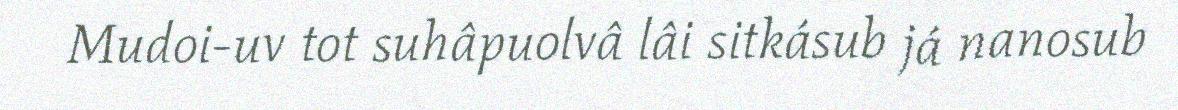
Mudoi-uv tot suhâpuolvâ lâi sitkásub já nanosub